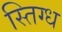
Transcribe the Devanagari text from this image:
स्तिग्ध